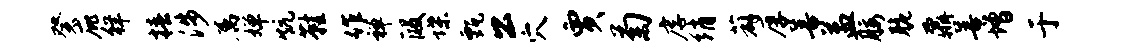
癸庇徉椿涉属婵炕鞋作禅段堞甄公穴贾菊虐绡薜厚善益腰脆鼐善增于